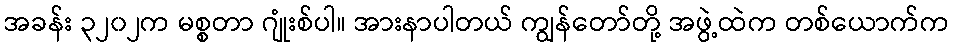
အခန်း ၃၂၀၂က မစ္စတာ ဂျုံးစ်ပါ။ အားနာပါတယ် ကျွန်တော်တို့ အဖွဲ့ထဲက တစ်ယောက်က